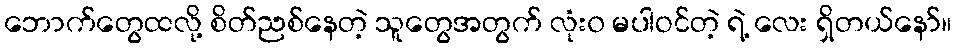
ဘောက်တွေထလို့ စိတ်ညစ်နေတဲ့ သူတွေအတွက် လုံး၀ မပါဝင်တဲ့ ရဲ့ လေး ရှိတယ်နော်။